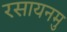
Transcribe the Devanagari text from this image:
रसायनमु